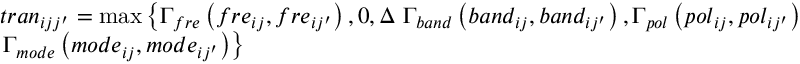
\begin{array} { l } { t r a { n _ { i j j ^ { \prime } } } = \operatorname* { m a x } \left\{ { { \Gamma _ { f r e } } \left( { f r { e _ { i j } } , f r { e _ { i j ^ { \prime } } } } \right) , 0 , \Delta } \right. { \Gamma _ { b a n d } } \left( { b a n { d _ { i j } } , b a n { d _ { i j ^ { \prime } } } } \right) , { \Gamma _ { p o l } } \left( { p o { l _ { i j } } , p o { l _ { i j ^ { \prime } } } } \right) } \\ { \left. { { \Gamma _ { m o d e } } \left( { m o d { e _ { i j } } , m o d { e _ { i j ^ { \prime } } } } \right) } \right\} } \end{array}